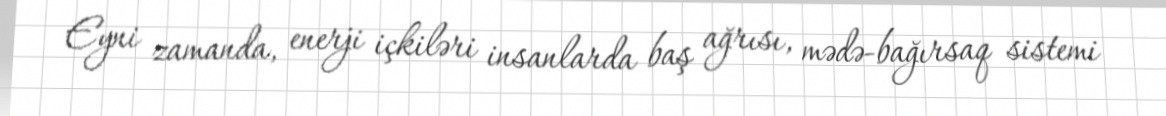
Eyni zamanda, enerji içkiləri insanlarda baş ağrısı, mədə-bağırsaq sistemi